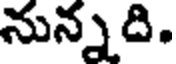
నున్నది.